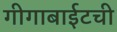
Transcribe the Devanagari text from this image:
गीगाबाईटची